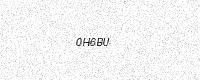
Text: 0H6BU